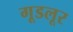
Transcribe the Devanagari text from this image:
गूडलूर